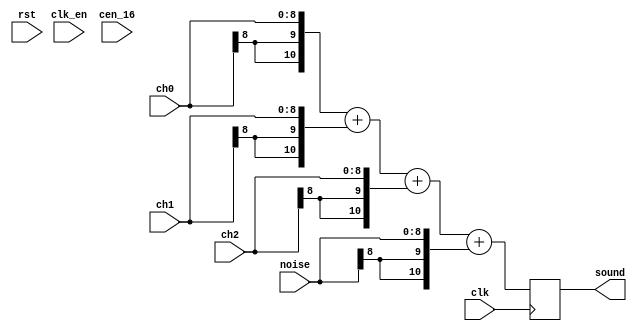
/*  This file is part of JT89.

    JT89 is free software: you can redistribute it and/or modify
    it under the terms of the GNU General Public License as published by
    the Free Software Foundation, either version 3 of the License, or
    (at your option) any later version.

    JT89 is distributed in the hope that it will be useful,
    but WITHOUT ANY WARRANTY; without even the implied warranty of
    MERCHANTABILITY or FITNESS FOR A PARTICULAR PURPOSE.  See the
    GNU General Public License for more details.

    You should have received a copy of the GNU General Public License
    along with JT89.  If not, see <http://www.gnu.org/licenses/>.

    Author: Jose Tejada Gomez. Twitter: @topapate
    Version: 1.0
    Date: December, 1st 2018
   
    */

module jt89_mixer #(parameter bw=9)(
    input            rst,
    input            clk,
    input            clk_en,
    input            cen_16,
    input     [bw-1:0] ch0,
    input     [bw-1:0] ch1,
    input     [bw-1:0] ch2,
    input     [bw-1:0] noise,
    output reg signed [bw+1:0] sound
);

reg signed [bw+1:0] fresh;

always @(*)
    fresh = 
        { {2{ch0[bw-1]}}, ch0   }+
        { {2{ch1[bw-1]}}, ch1   }+
        { {2{ch2[bw-1]}}, ch2   }+
        { {2{noise[bw-1]}}, noise };

always @(posedge clk)
    sound <= fresh;

endmodule